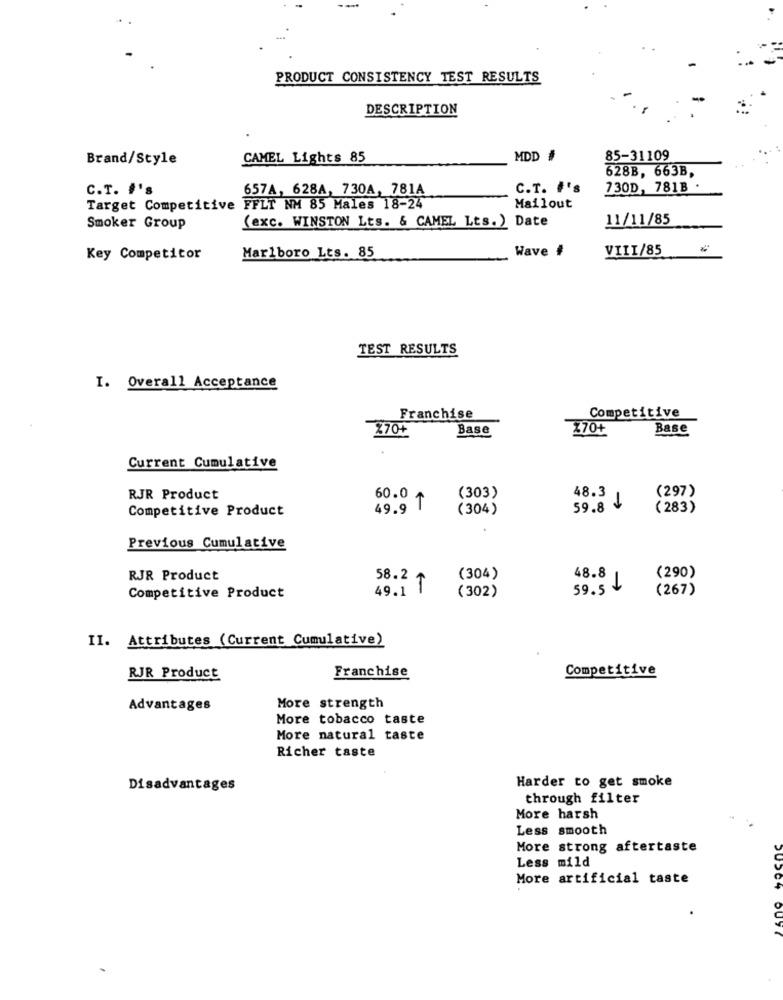
PRODUCT CONSISTENCY TEST RESULTS
DESCRIPTION
Brand/Style
CAMEL Lights 85
MDD #
85-31109
628B, 663B,
C.T. #'s
657A, 628A, 730A, 781A
C.T. #'s
730D, 781B
Target Competitive FFLT NM 85 Males 18-24
Mailout
11/11/85
Smoker Group
(exc. WINSTON Lts. & CAMEL Lts.) Date
Wave #
VIII/85
Key Competitor
Marlboro Lts. 85
TEST RESULTS
I. Overall Acceptance
Franchise
Competitive
%70+
Base
Z70+
Base
Current Cumulative
(303)
RJR Product
60.0
48.3
(297)
Competitive Product
49.9 T
(304)
59.8
( 283)
Previous Cumulative
RJR Product
58.2
(304)
(290)
49.1
(302)
59.5 L
48.8|
(267)
Competitive Product
II. Attributes (Current Cumulative)
Franchise
Competitive
RJR Product
Advantages
More strength
More tobacco taste
More natural taste
Richer taste
Harder to get smoke
Disadvantages
through filter
More harsh
Less smooth
More strong aftertaste
Less mild
More artificial taste